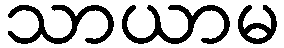
သာယာမ